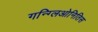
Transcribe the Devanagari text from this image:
गन्ग्लिओनितिस